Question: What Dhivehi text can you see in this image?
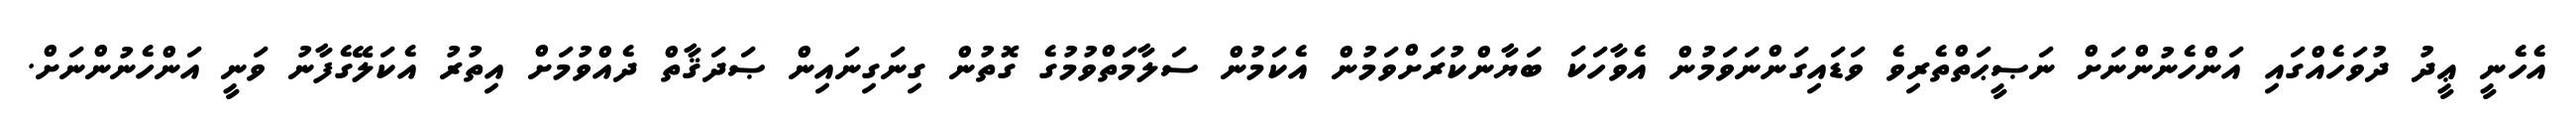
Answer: އެހެނީ ޢީދު ދުވަހެއްގައި އަންހެނުންނަށް ނަޞީޙަތްތެރިވެ ވަޑައިގަންނަވަމުން އެވާހަކަ ބަޔާންކުރަށްވަމުން އެކަމުން ސަލާމަތްވުމުގެ ގޮތުން ގިނަގިނައިން ޞަދަޤާތް ދެއްވުމަށް އިތުރު އެކަލޭގެފާނު ވަނީ އަންހެނުންނަށް.